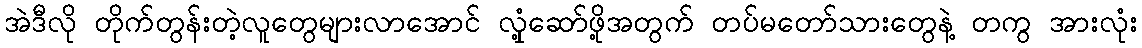
အဲဒီလို တိုက်တွန်းတဲ့လူတွေများလာအောင် လှုံ့ဆော်ဖို့အတွက် တပ်မတော်သားတွေနဲ့ တကွ အားလုံး